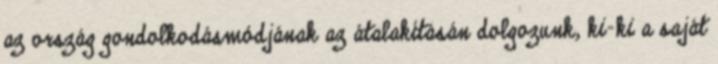
az ország gondolkodásmódjának az átalakításán dolgozunk, ki-ki a saját